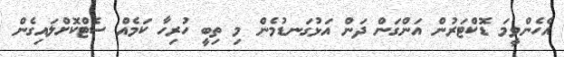
އެހެންވީމަ ޑޮކްޓަރުން އަންގަން ދަން އަޅުގަނޑުމެން މި ތިބީ ހުރިހާ ކަމެއް ސެޓްކޮށްލައިގެން